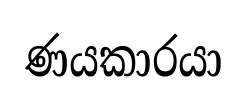
ණයකාරයා